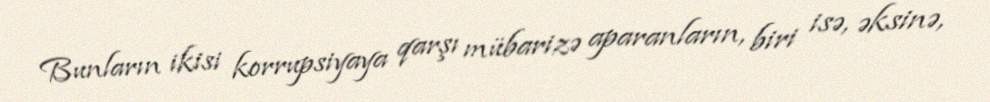
Bunların ikisi korrupsiyaya qarşı mübarizə aparanların, biri isə, əksinə,